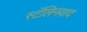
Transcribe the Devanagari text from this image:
स्टॅलिनवाद